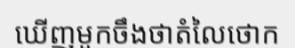
ឃើញមួកចឹងថាតំលៃថោក